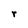
Character: r